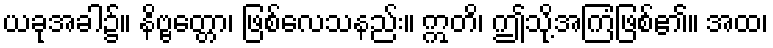
ယခုအခါ၌။ နိဗ္ဗတ္တော၊ ဖြစ်လေသနည်း။ ဣတိ၊ ဤသို့အကြံဖြစ်၏။ အထ၊